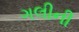
ગલીની